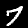
Label: 7